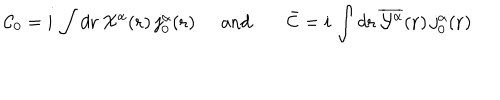
{ \cal C } _ { 0 } = i \, \int d { \bf { r } } \, { \textstyle { \cal X } ^ { \alpha } } ( { \bf r } ) \, j _ { 0 } ^ { \alpha } ( { \bf r } ) \; \; \mathrm { a n d } \; { \bar { \cal C } } = i \, \int d { \bf { r } } \, \overline { { { { \cal Y } ^ { \alpha } } } } ( { \bf r } ) \, j _ { 0 } ^ { \alpha } ( { \bf r } )